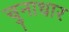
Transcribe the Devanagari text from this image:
चुनाधार